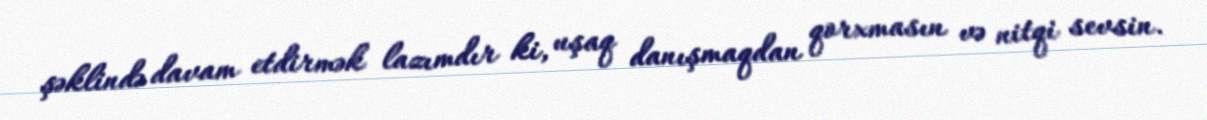
şəklində davam etdirmək lazımdır ki, uşaq danışmaqdan qorxmasın və nitqi sevsin.